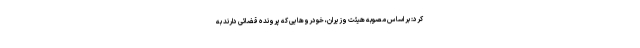
کرد: بر اساس مصوبه هیئت وزیران، خودروهایی که پرونده قضائی دارند به